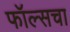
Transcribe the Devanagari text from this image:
फॉल्सचा